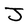
Character: J